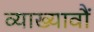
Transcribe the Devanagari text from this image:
व्याख्यावौं